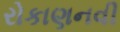
રોકાણનવી